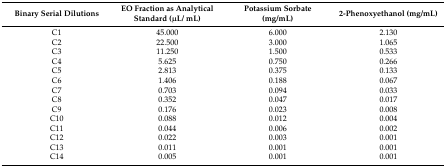
<table><thead><tr><td><b>Binary Serial Dilutions</b></td><td><b>EO Fraction as Analytical Standard (μL/ mL)</b></td><td><b>Potassium Sorbate (mg/mL)</b></td><td><b>2-Phenoxyethanol (mg/mL)</b></td></tr></thead><tbody><tr><td>C1</td><td>45.000</td><td>6.000</td><td>2.130</td></tr><tr><td>C2</td><td>22.500</td><td>3.000</td><td>1.065</td></tr><tr><td>C3</td><td>11.250</td><td>1.500</td><td>0.533</td></tr><tr><td>C4</td><td>5.625</td><td>0.750</td><td>0.266</td></tr><tr><td>C5</td><td>2.813</td><td>0.375</td><td>0.133</td></tr><tr><td>C6</td><td>1.406</td><td>0.188</td><td>0.067</td></tr><tr><td>C7</td><td>0.703</td><td>0.094</td><td>0.033</td></tr><tr><td>C8</td><td>0.352</td><td>0.047</td><td>0.017</td></tr><tr><td>C9</td><td>0.176</td><td>0.023</td><td>0.008</td></tr><tr><td>C10</td><td>0.088</td><td>0.012</td><td>0.004</td></tr><tr><td>C11</td><td>0.044</td><td>0.006</td><td>0.002</td></tr><tr><td>C12</td><td>0.022</td><td>0.003</td><td>0.001</td></tr><tr><td>C13</td><td>0.011</td><td>0.001</td><td>0.001</td></tr><tr><td>C14</td><td>0.005</td><td>0.001</td><td>0.001</td></tr></tbody></table>